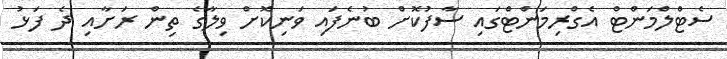
ސެޓްލްމަންޓް އެގްރިމަންޓްގައި ސާފުކޮށް ބުނެފައި ވަނިކޮށް ވިލާގެ ތިން ރަށާއި ދެ ފަޅު